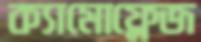
ক্যামোফ্লেজ